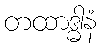
တထာဒ္ဓါနံ